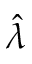
\hat { \lambda }